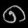
Digit: ၈